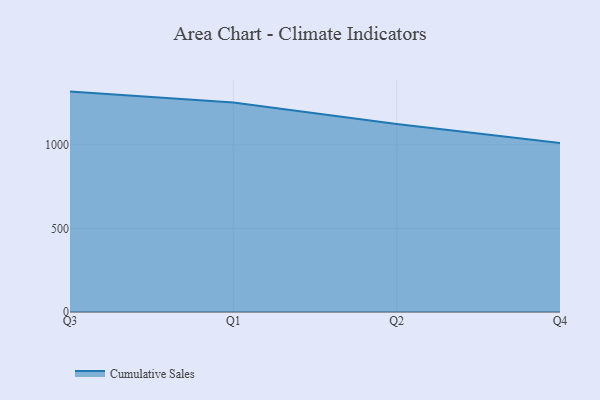
{"axis": {"x": "Quarter", "y": "Tickets Resolved"}, "legend": ["Cumulative Sales"], "data": [{"x": "Q3", "y": 1317.9, "type": "Cumulative Sales"}, {"x": "Q1", "y": 1252.7, "type": "Cumulative Sales"}, {"x": "Q2", "y": 1124.8, "type": "Cumulative Sales"}, {"x": "Q4", "y": 1011.2, "type": "Cumulative Sales"}]}